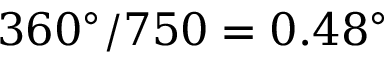
3 6 0 ^ { \circ } / 7 5 0 = 0 . 4 8 ^ { \circ }